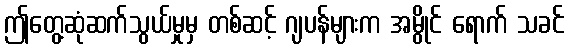
ဤတွေ့ဆုံဆက်သွယ်မှုမှ တစ်ဆင့် ဂျပန်များက အမွိုင် ရောက် သခင်